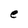
Character: e